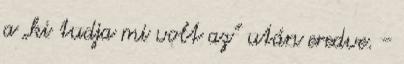
a „ki tudja mi volt az” után eredve. -